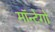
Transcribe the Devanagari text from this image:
मॉन्टेगो